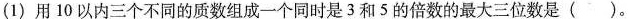
(1)用10以内三个不同的质数组成一个同时是3.和5的倍数的最大三位数是()。